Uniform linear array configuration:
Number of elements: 64
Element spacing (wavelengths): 1
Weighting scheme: kaiser
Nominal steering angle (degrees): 60
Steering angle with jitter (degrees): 60.362
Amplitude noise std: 0.05
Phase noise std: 0.05

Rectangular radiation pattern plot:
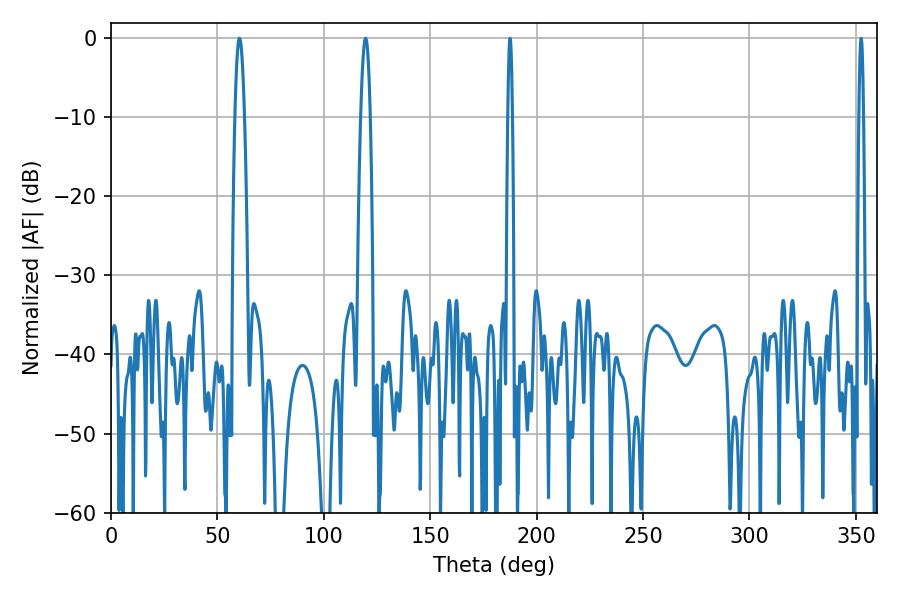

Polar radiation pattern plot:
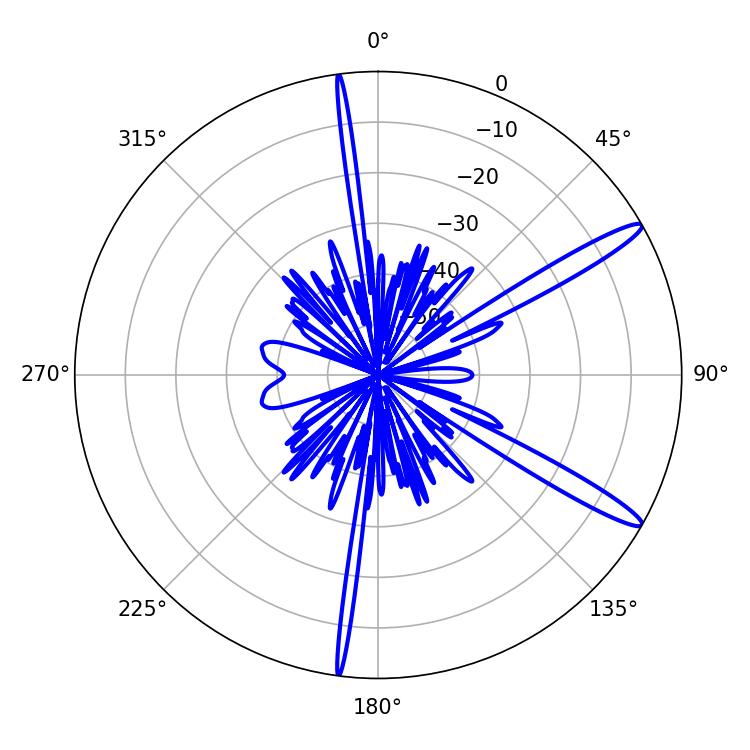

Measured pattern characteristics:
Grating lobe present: TRUE
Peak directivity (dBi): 14.204
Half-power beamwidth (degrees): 2.34
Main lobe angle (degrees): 60.3